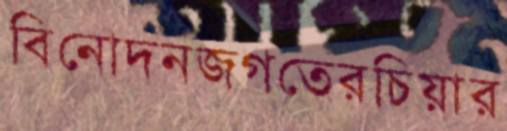
বিনোদনজগতেরচিয়ার